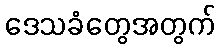
ဒေသခံတွေအတွက်